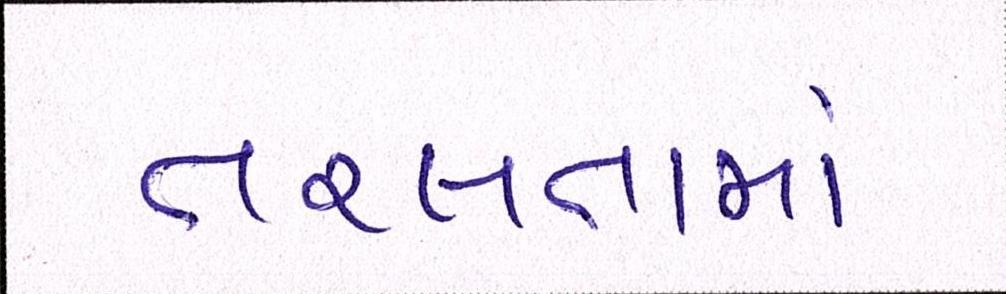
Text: તરલતામાં